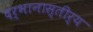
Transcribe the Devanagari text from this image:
दर्भानास्तीर्य